Annual statistical returns and brief notes on vaccination in Bengal - 1909-1929
Year: 1909
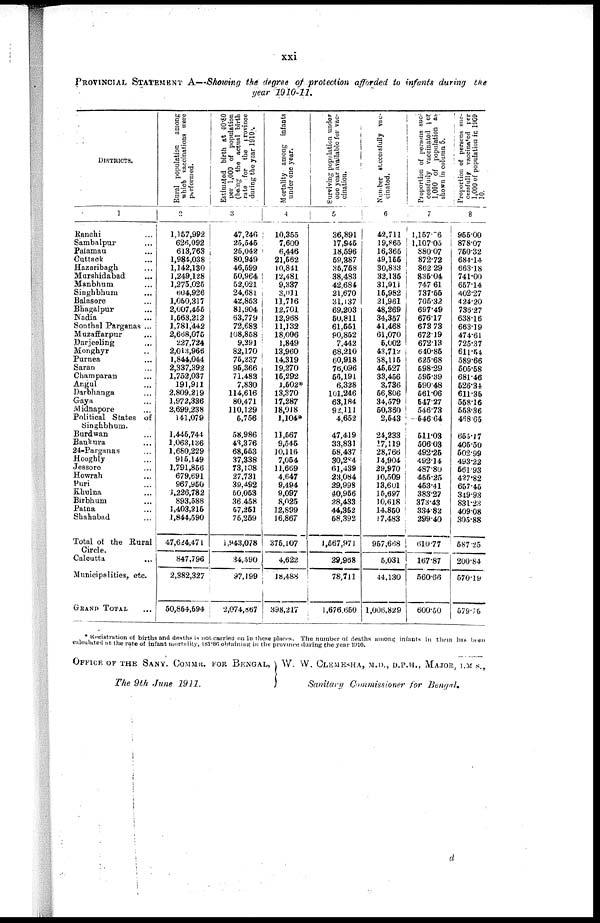
xxi
PROVINCIAL STATEMENT A—Showing the degree of protection afforded to infants during the
year 1910-11.
DISTRICTS.
1
Ranchi ...
Sambalpur ...
Palamau ...
Cuttack ...
Hazaribagh ...
Murshidabad ...
Manbhum ...
Singhbhum ...
Balasore ...
Bhagalpur ...
Nadia ...
Sonthal Parganas ...
Muzaffarpur ...
Darjeeling ...
Monghyr ...
Purnea ...
Saran ...
Champaran ...
Angul ...
Darbhanga ...
Gaya ...
Midnapore ...
Political States of
Singhbhum.
Burdwan ...
Bankura ...
24-Pargnnas ...
Hooghly ...
Jessore ...
Howrah ...
Puri ...
Khulna ...
Birbhum ...
Patna ...
Shahabad ...
Total of the Rural
Circle.
Calcutta ...
Municipalities, etc.
GRAND TOTAL ...
Rural population among
which vaccinations were
performed.
2
1,157,992
626,092
613,763
1,984,038
1,142,130
1,249,128
1,275,025
604,926
1,050,317
2,007,455
1 ,563,212
1,781,442
2,668,076
227,724
2,013,966
1,844,044
2,337,392
1,752,037
191,911
2,809,219
1,972,336
2,699,238
141,079
1,445,744
1,063,136
1,680,229
915,149
1,791,856
679,691
967,950
1,226,782
893,588
1,403,215
1,844,590
47,624,471
847,796
2,382,327
50,864,694
Estimated birth at 40.80
per 1,000 of population
(being the actual birth
rate for the province
during the year 1910.
3
47,246 ,
25,545
25,042
80,949
46,599
50,964
52,021
24,681
42,863
81,904
63,779
72,683
108,868
9,391
82,170
76,237
96,366
71,483
7,830
114,616
80,471
110,129
5,756
58,986
43,376
68,663
37,338
73,108
27,731
39,492
50,053
36,458
57,251
75,259
1,943,078
34,590
97,199
2,074,867
Mortality among infants
under one year.
4
10,355
7,600
6,446
21,562
10,841
12,481
9,337
3,011
11,716
12,701
12,968
11,132
18,006
1,849
13,960
14,319
19,270
15,292
1,502*
13,370
17,287
18,018
1,104*
11,567
9,545
10,116
7,054
11,669
4,647
9,494
9,097
8,025
12,899
16,867
375,107
4,622
18,488
398,217
Surviving population under
one year available for vac-
cination.
5
36,891
17,945
18,596
59,387
35,768
38,483
42,684
21,670
31,137
69,203
50,811
61,551
90,852
7,442
68,210
60,918
76,096
56,191
6,328
101,246
63,184
92,111
4,652
47,419
33,831
58,437
30,284
61,439
23,084
29,998
40,956
28,433
44,352
58,392
1,567,971
29,968
78,711
1,676,660
Number successfully vac-
cinated.
6
42,711
19,865
16,365
49,155
30,833
32,135
31,911
15,982
21,961
48,269
34,357
41,468
61,070
5,002
43,712
38,115
46,627
33,456
3,736
56,806
34,579
50,360
2,543
24,233
17,119
28,766
14,904
29,970
10,509
13,601
15,697
10,618
14,860
17,483
957,668
5,031
44,130
1,006,829
Proportion of persons suc-
cessfully vaccinated per
1,000 of population as
shown in column 5.
7
1,157.76
1,107.05
880.07
872.72
862.29
835.04
747.61
737.55
705.32
697.49
676.17
673.73
672.19
672.13
640.86
625.68
598.29
595.39
590.48
561.06
547.27
546.73
546.64
511.03
506.03
492.25
492.14
487.80
455.25
453.41
383.27
373.43
334.82
299.40
610.77
167.87
560.66
600.50
Proportion of persons suc-
cessfully vaccinated per
1,000 of population in 1909
10.
8
955.00
878.07
750.32
684.14
663.18
741.00
657.14
402.27
424.20
736.27
638.16
663.19
474.61
725.37
611.54
589.66
505.58
681.46
526.34
611.35
558.16
558.36
468.65
655.17
405.50
502.99
493.22
561.93
427.82
657.45
349.93
831.23
409.08
305.88
587.25
200.84
570.19
579.76
* Registration of births and deaths is not carried on in these places. The number of deaths among infants in them has been
calculated at the rate of infant mortality, 181.86 obtaining in the province during the year 1910.
OFFICE OF THE SANY. COMMR. FOR BENGAL,
The 9th June 1911.
W.
W. CLEMESHA, M.D., D.P.H., MAJOR, I.M S.,
Sanitary Commissioner for Bengal.
d